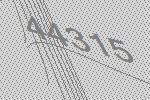
44315